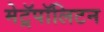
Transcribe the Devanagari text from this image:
मेट्रॅपॉलिटन